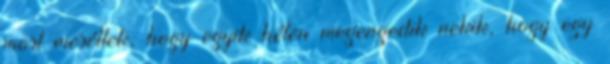
most meséltek, hogy egyik héten megengedik nekik, hogy egy